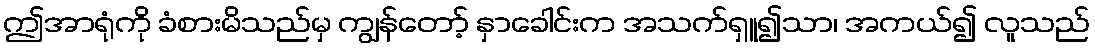
ဤအာရုံကို ခံစားမိသည်မှ ကျွန်တော့် နှာခေါင်းက အသက်ရှူ၍သာ၊ အကယ်၍ လူသည်